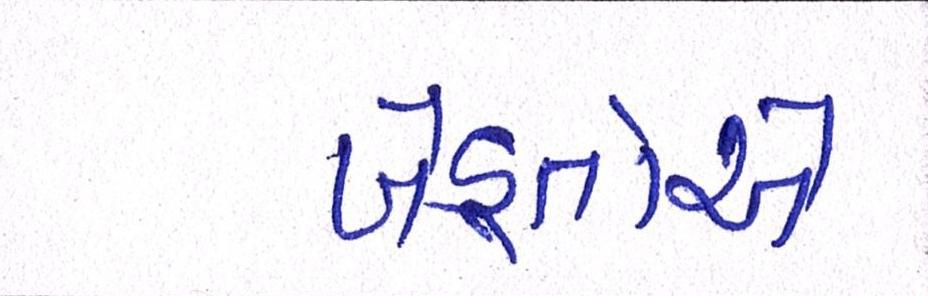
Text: ખેડ઼ૂતોએ